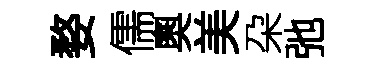
婺儒奧美朶弛